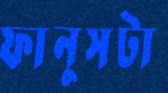
ফানুসটা